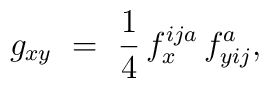
g_{xy} \ = \ \frac14\,f_x^{ija}\,f^a_{yij},